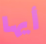
أيها